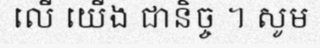
លើ យើង ជានិច្ច ។ សូម